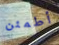
أطمئن